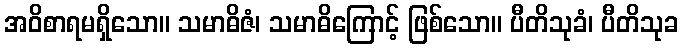
အဝိစာရမရှိသော။ သမာဓိဇံ၊ သမာဓိကြောင့် ဖြစ်သော။ ပီတိသုခံ၊ ပီတိသုခ